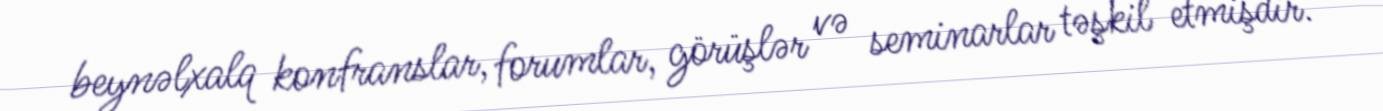
beynəlxalq konfranslar, forumlar, görüşlər və seminarlar təşkil etmişdir.